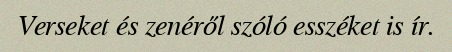
Verseket és zenéről szóló esszéket is ír.